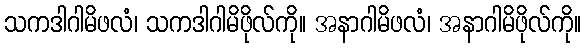
သကဒါဂါမိဖလံ၊ သကဒါဂါမိဖိုလ်ကို။ အနာဂါမိဖလံ၊ အနာဂါမိဖိုလ်ကို။